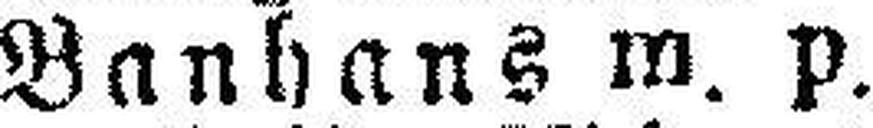
Banhans m. p.